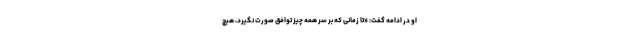
او در ادامه گفت: «تا زمانی که بر سر همه چیز توافق صورت نگیرد، هیچ